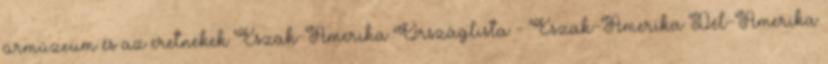
űrmúzeum és az eretnekek Észak-Amerika Országlista - Észak-Amerika Dél-Amerika